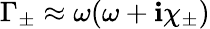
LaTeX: \Gamma_{\pm}\approx\omega(\omega+\mathbf{i}\chi_{\pm})